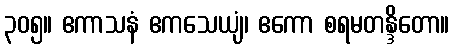
၃၀၅။ ဧကာသနံ ဧကသေယျံ၊ ဧကော စရမတန္ဒိတော။